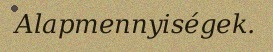
Alapmennyiségek.